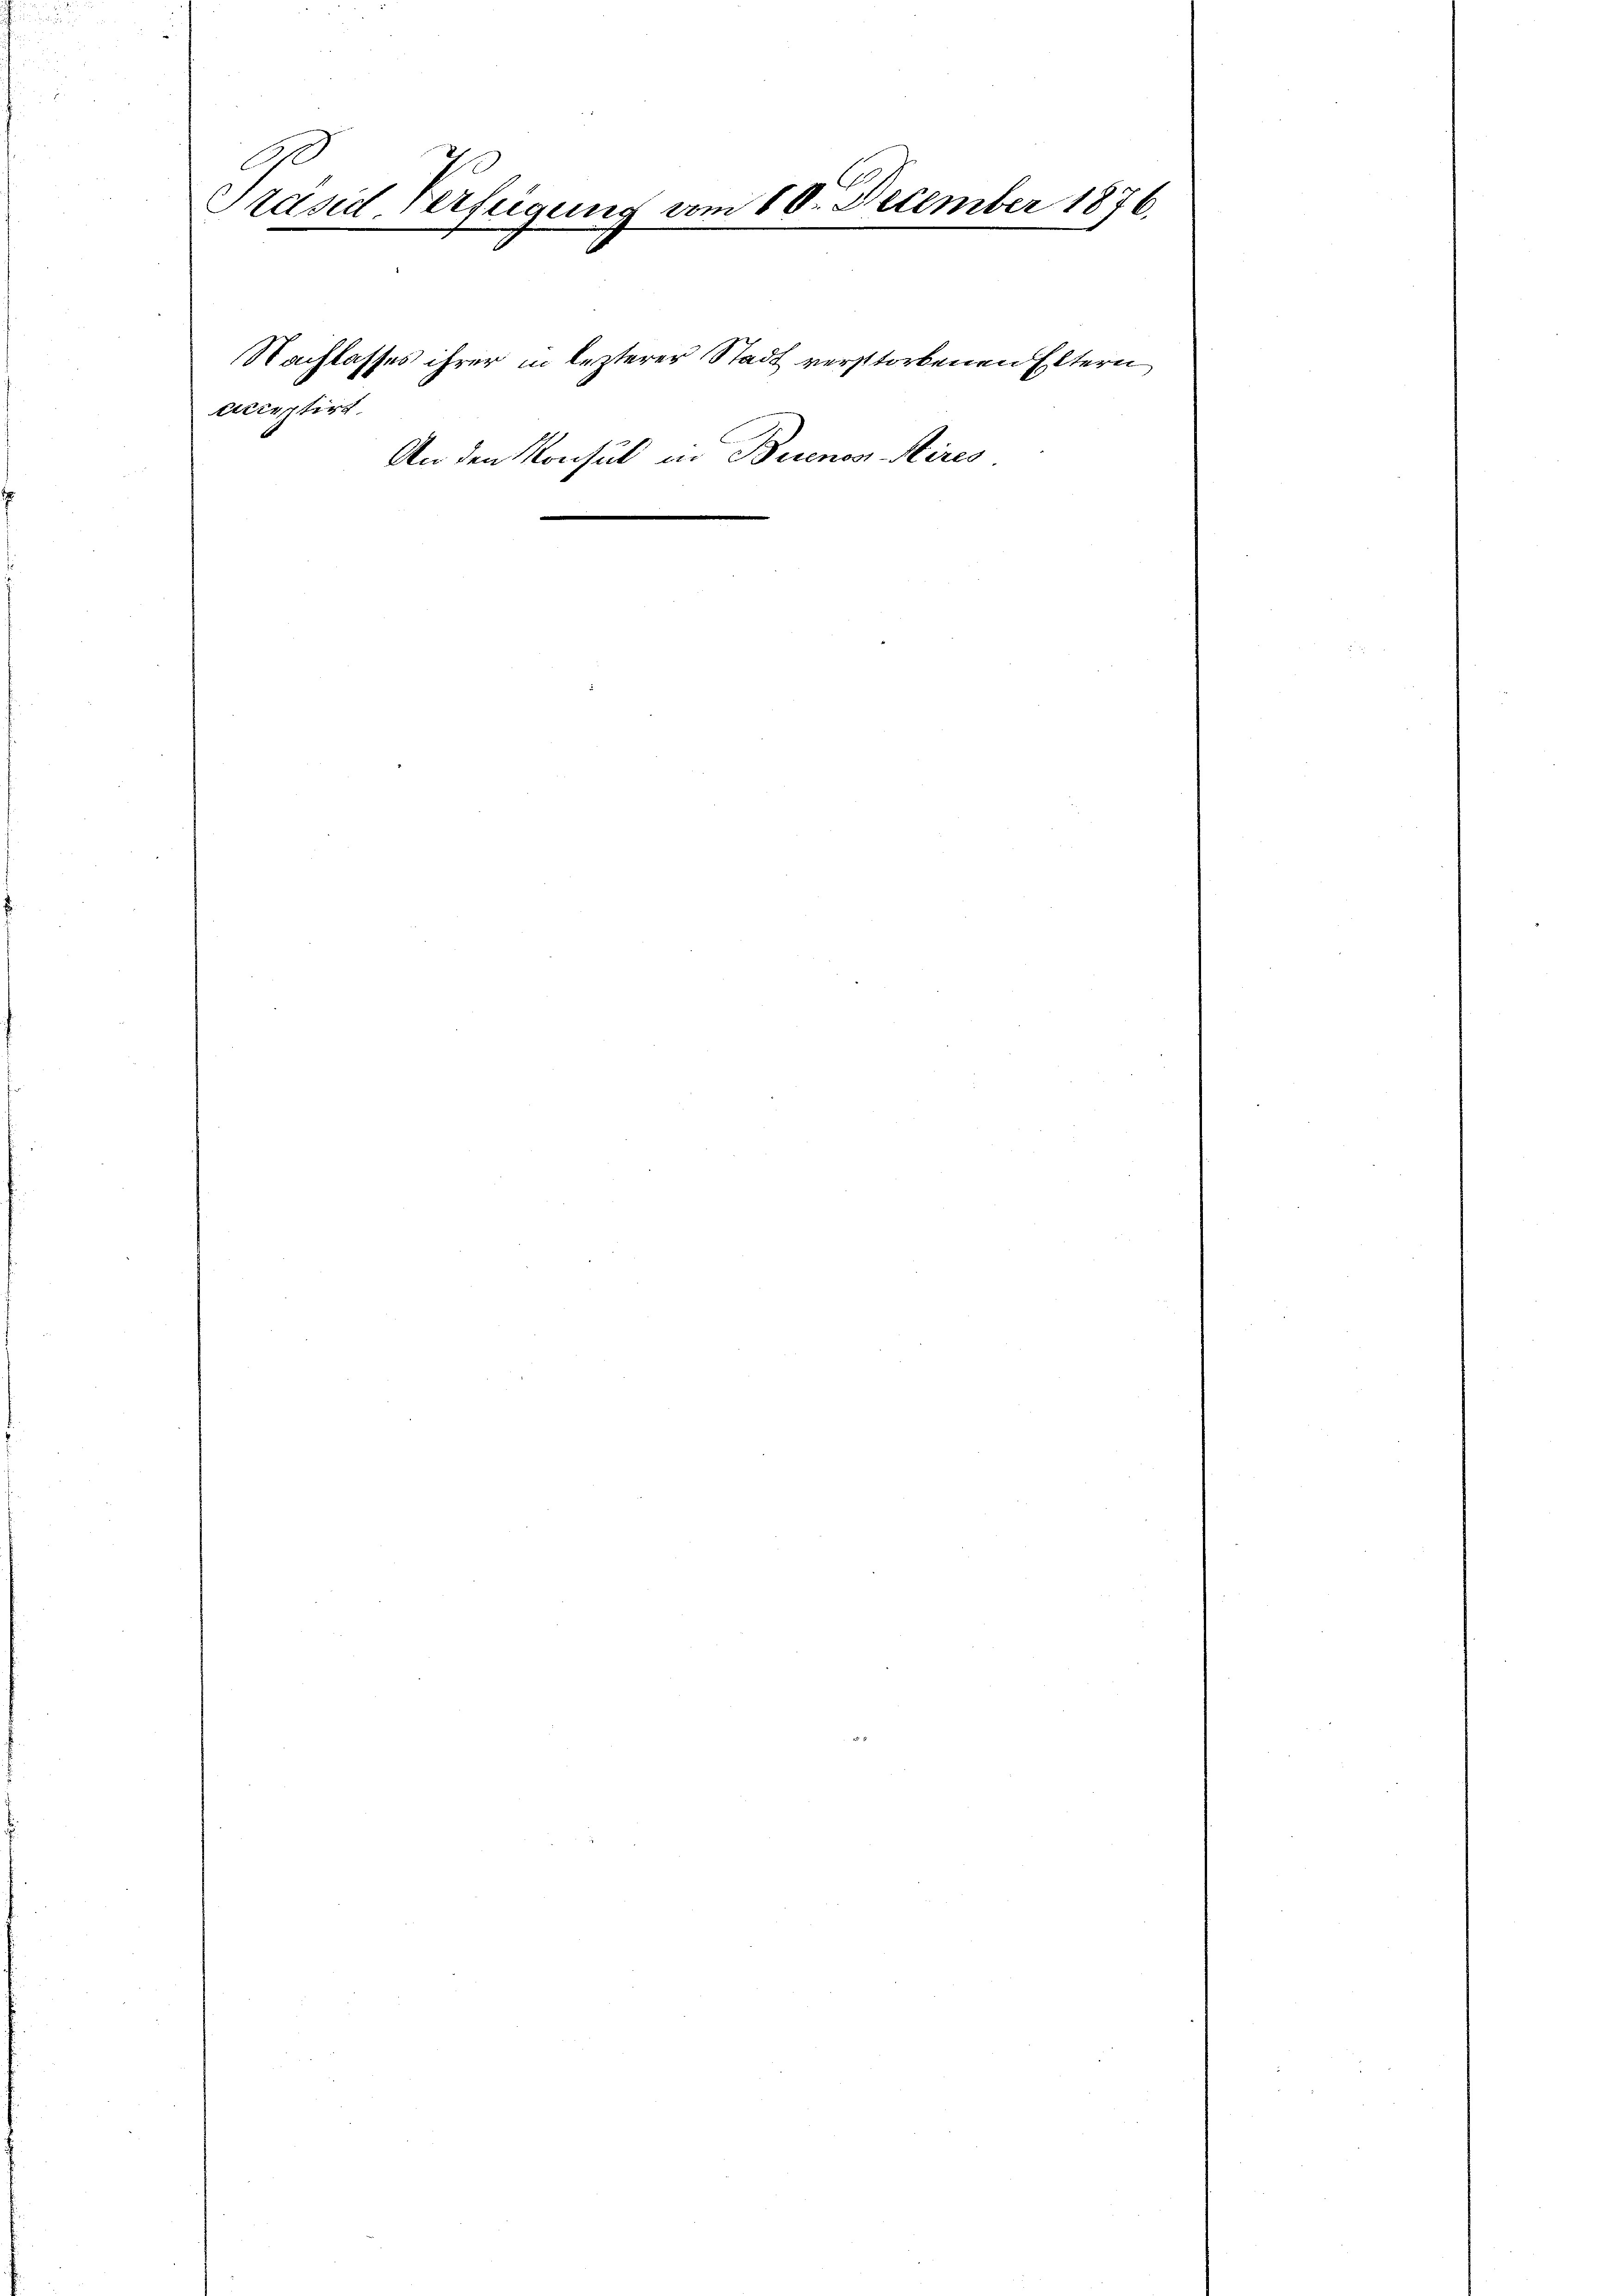
Präsid. Verfeigung vom 10. December 1876.

Acceptirt

An den Konsue

Nachlasses ihrer in lezterer Stadt verstorbenen Eltern

in Buenos Aires